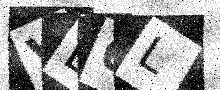
Text: VB6L